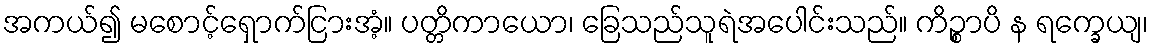
အကယ်၍ မစောင့်ရှောက်ငြားအံ့။ ပတ္တိကာယော၊ ခြေသည်သူရဲအပေါင်းသည်။ ကိဉ္စာပိ န ရက္ခေယျ၊